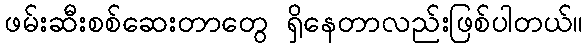
ဖမ်းဆီးစစ်ဆေးတာတွေ ရှိနေတာလည်းဖြစ်ပါတယ်။